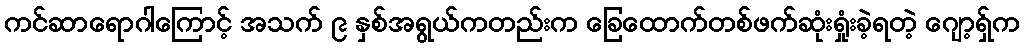
ကင်ဆာရောဂါကြောင့် အသက် ၉ နှစ်အရွယ်ကတည်းက ခြေထောက်တစ်ဖက်ဆုံးရှုံးခဲ့ရတဲ့ ဂျော့ရှ်က